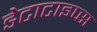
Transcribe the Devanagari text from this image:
डेटाटाइप्स